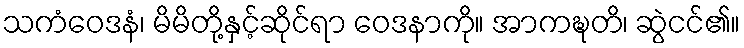
သကံဝေဒနံ၊ မိမိတို့နှင့်ဆိုင်ရာ ဝေဒနာကို။ အာကဍ္ဎတိ၊ ဆွဲငင်၏။